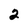
Character: 2